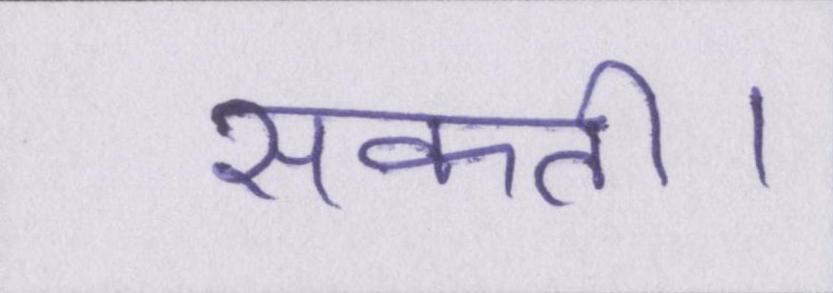
सकती।